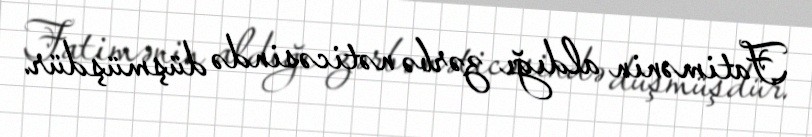
Fatimənin aldığı zərbə nəticəsində düşmüşdür.